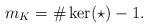
LaTeX: \begin{align*}m_K = \#\ker(\star)-1.\end{align*}